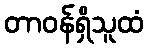
တာဝန်ရှိသူထံ